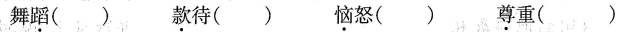
舞蹈() 款待() 恼怒()尊重()